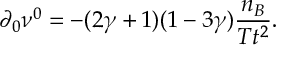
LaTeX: \partial _ { 0 } \nu ^ { 0 } = - ( 2 \gamma + 1 ) ( 1 - 3 \gamma ) \frac { n _ { B } } { T t ^ { 2 } } .